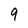
Character: 9